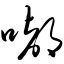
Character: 嘟